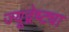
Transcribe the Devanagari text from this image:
ज्यूद्वेष्ट्या